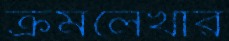
ক্রমলেখার